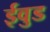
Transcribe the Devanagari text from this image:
ईवुड